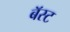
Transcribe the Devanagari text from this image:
बॅस्ट